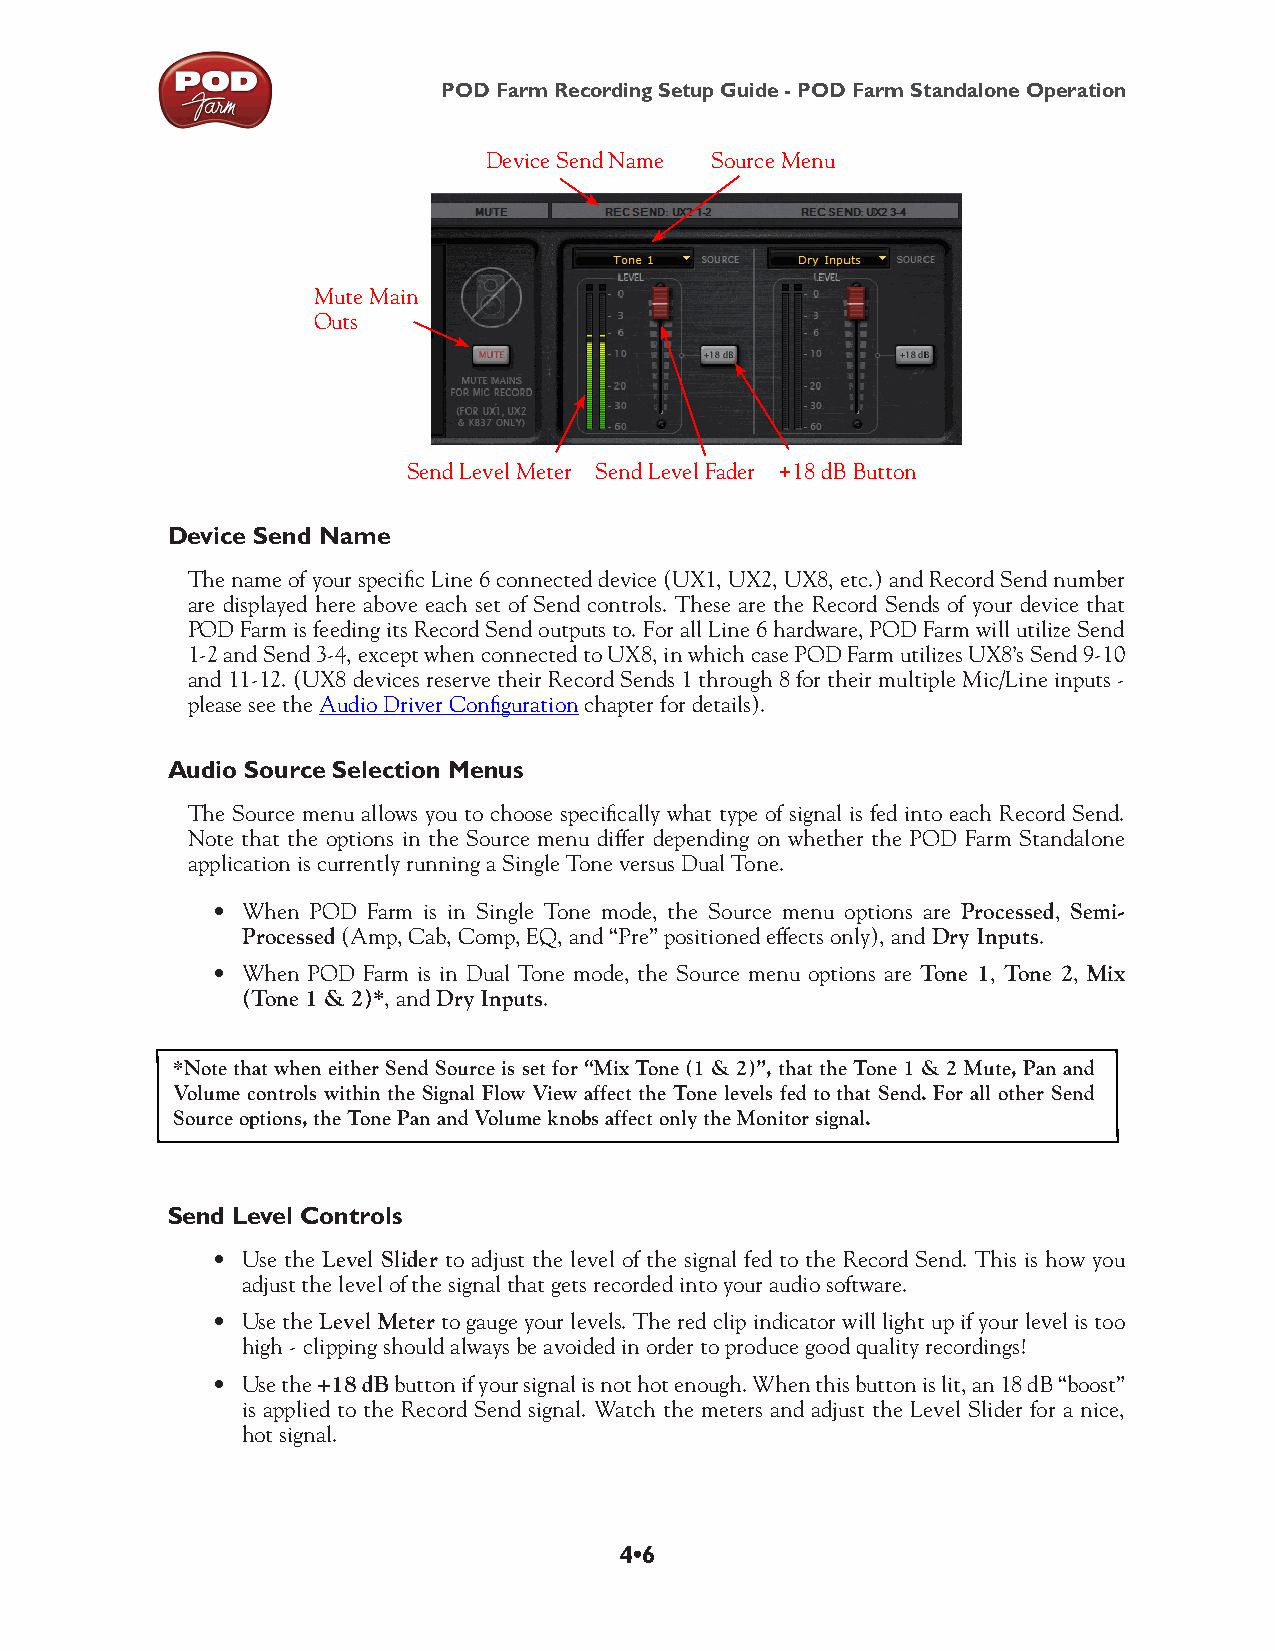
POD Farm Recording Setup Guide - POD Farm Standalone Operation
 Device Send Name Source Menu
 Mute Main
 Outs
 Send Level Meter Send Level Fader +18 dB Button
 Device Send Name
 The name of your specific Line 6 connected device (UX1, UX2, UX8, etc.) and Record Send number
 are displayed here above each set of Send controls. These are the Record Sends of your device that
 POD Farm is feeding its Record Send outputs to. For all Line 6 hardware, POD Farm will utilize Send
 1-2 and Send 3-4, except when connected to UX8, in which case POD Farm utilizes UX8’s Send 9-10
 and 11-12. (UX8 devices reserve their Record Sends 1 through 8 for their multiple Mic/Line inputs -
 please see the Audio Driver Configuration chapter for details).
 Audio Source Selection Menus
 The Source menu allows you to choose specifically what type of signal is fed into each Record Send.
 Note that the options in the Source menu differ depending on whether the POD Farm Standalone
 application is currently running a Single Tone versus Dual Tone.
 • When POD Farm is in Single Tone mode, the Source menu options are Processed, Semi-
 Processed (Amp, Cab, Comp, EQ, and “Pre” positioned effects only), and Dry Inputs.
 • When POD Farm is in Dual Tone mode, the Source menu options are Tone 1, Tone 2, Mix
 (Tone 1 & 2)*, and Dry Inputs.
 *Note that when either Send Source is set for “Mix Tone (1 & 2)”, that the Tone 1 & 2 Mute, Pan and
 Volume controls within the Signal Flow View affect the Tone levels fed to that Send. For all other Send
 Source options, the Tone Pan and Volume knobs affect only the Monitor signal.
 Send Level Controls
 • Use the Level Slider to adjust the level of the signal fed to the Record Send. This is how you
 adjust the level of the signal that gets recorded into your audio software.
 • Use the Level Meter to gauge your levels. The red clip indicator will light up if your level is too
 high - clipping should always be avoided in order to produce good quality recordings!
 • Use the +18 dB button if your signal is not hot enough. When this button is lit, an 18 dB “boost”
 is applied to the Record Send signal. Watch the meters and adjust the Level Slider for a nice,
 hot signal.
 4•6